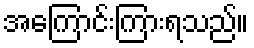
အကြောင်းကြားရသည်။